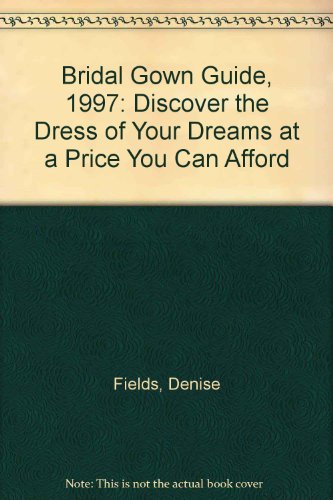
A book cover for Bridal Gown Guide: Discover the Dress of Your Dreams at a Price You Can Afford; Denise Fields; Crafts, Hobbies & Home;